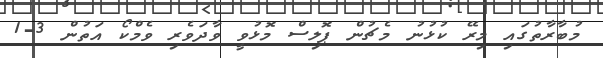
މުބާރާތުގައި މިރޭ ކުޅުނު މެޗުން ޕޮލިސް މޮޅުވީ ވާދަވެރި ވެމްކޯ އަތުން 3-1